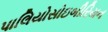
પાલિયોસોઇબીરિયન